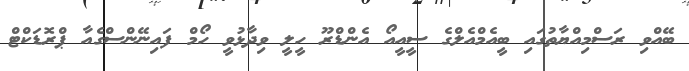
ބޭއްވި ރަސްމިއްޔާތުގައި ބީއެމްއެލްގެ ސީއީއޯ އެންޑްރޫ ހީލީ ވިދާޅުވީ ހޯމް ފައިނޭންސްގެއާ ޕްރޮޑަކްޓް